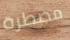
مضطرة